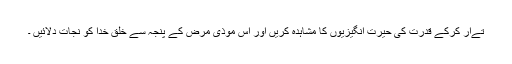
تےار کرکے قدرت کی حیرت انگیزیوں کا مشاہدہ کریں اور اس موذی مرض کے پنجہ سے خلق خدا کو نجات دلائیں ۔